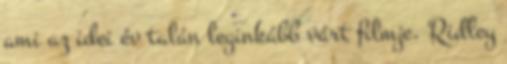
ami az idei év talán leginkább várt filmje. Ridley